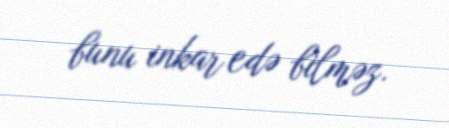
bunu inkar edə bilməz.